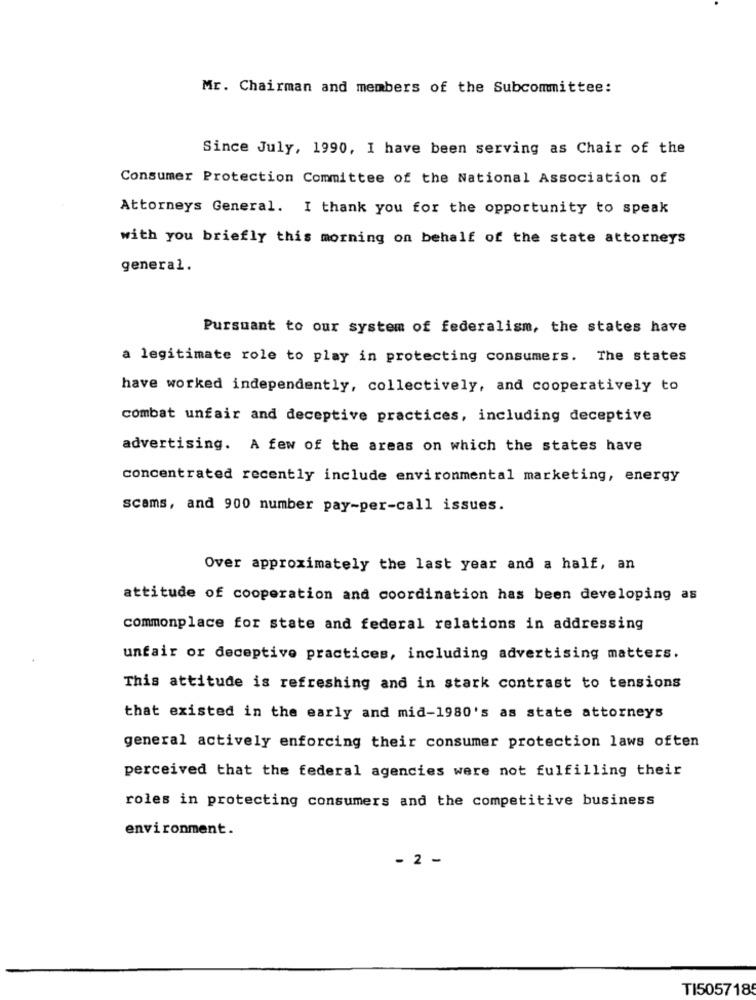
Mr. Chairman and members of the Subcommittee:
Since July, 1990, I have been serving as Chair of the
Consumer Protection Committee of the National Association of
Attorneys General. I thank you for the opportunity to speak
with you briefly this morning on behalf of the state attorneys
general.
Pursuant to our system of federalism, the states have
a legitimate role to play in protecting consumers. The states
have worked independently, collectively, and cooperatively to
combat unfair and deceptive practices, including deceptive
advertising. A few of the areas on which the states have
concentrated recently include environmental marketing, energy
scams, and 900 number pay-per-call issues.
Over approximately the last year and a half, an
attitude of cooperation and coordination has been developing as
commonplace for state and federal relations in addressing
unfair or deceptive practices, including advertising matters.
This attitude is refreshing and in stark contrast to tensions
that existed in the early and mid-1980's as state attorneys
general actively enforcing their consumer protection laws often
perceived that the federal agencies were not fulfilling their
roles in protecting consumers and the competitive business
environment.
- 2 -
TI5057185